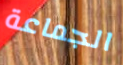
الجماعة